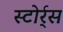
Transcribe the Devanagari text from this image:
स्टोर्र्स